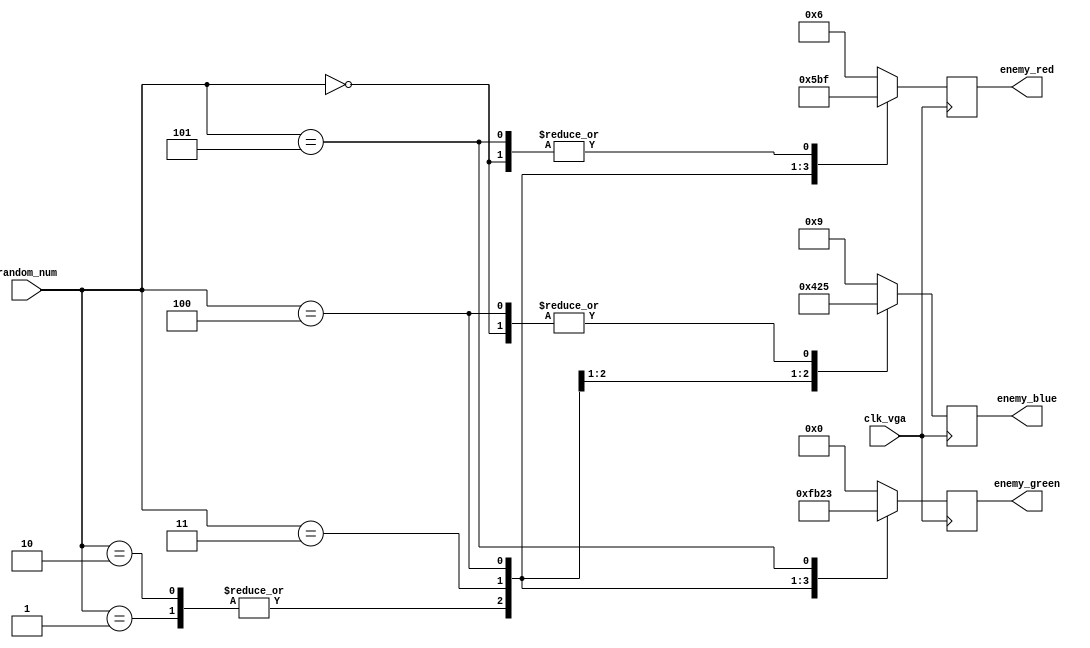
`timescale 1ns / 1ps
//////////////////////////////////////////////////////////////////////////////////
// Company: 
// Engineer: 
// 
// Design Name: 
// Module Name: enemy_color_selector
// Project Name: 
// Target Devices: 
// Tool Versions: 
// Description: 
// 
// Dependencies: 
// 
// Revision:
// Revision 0.01 - File Created
// Additional Comments:
// 
//////////////////////////////////////////////////////////////////////////////////


module enemy_color_selector(input clk_vga, input [3:0] random_num, 
    output reg [3:0] enemy_red,
    output reg [3:0] enemy_green,
    output reg [3:0] enemy_blue
);

    always @(posedge clk_vga) begin
        case(random_num)
            0:
                begin
                    enemy_red = 4'hf;
                    enemy_green = 4'h0;
                    enemy_blue = 4'h5;
                end
            1: 
                begin
                    enemy_red = 4'h0;
                    enemy_green = 4'hf;
                    enemy_blue = 4'h4;
                end
            2:
                begin
                                        enemy_red = 4'h0;
                enemy_green = 4'hf;
                enemy_blue = 4'h4;
                end
            3:
                begin
                                    enemy_red = 4'h5;
                enemy_green = 4'hb;
                enemy_blue = 4'h2;
                end
            4:
                begin
                                    enemy_red = 4'hb;
                enemy_green = 4'h2;
                enemy_blue = 4'h5;
                end
            5:
                begin
                                        enemy_red = 4'hf;
                enemy_green = 4'h3;
                enemy_blue = 4'h9;
                end
            default:
                begin
                                    enemy_red = 4'h6;
                enemy_green = 4'h0;
                enemy_blue = 4'h9;
                end
        endcase
    end
endmodule